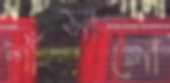
শাঁসালো